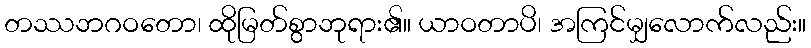
တဿဘဂဝတော၊ ထိုမြတ်စွာဘုရား၏။ ယာဝတာပိ၊ အကြင်မျှလောက်လည်း။